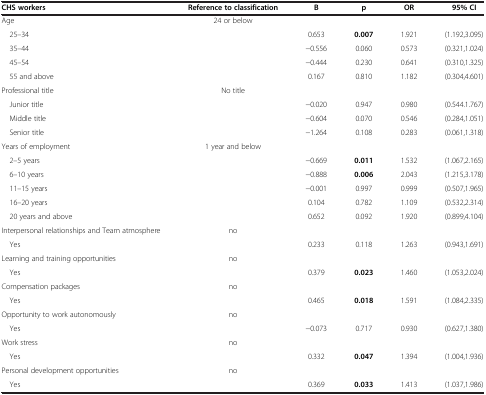
<table><thead><tr><td><b>CHS workers</b></td><td><b>Reference to classification</b></td><td><b>B</b></td><td><b>p</b></td><td><b>OR</b></td><td><b>95%CI</b></td></tr></thead><tbody><tr><td>Age</td><td>24 or below</td><td> </td><td> </td><td> </td><td> </td></tr><tr><td> 25–34</td><td> </td><td>0.653</td><td><b>0.007</b></td><td>1.921</td><td>(1.192,3.095)</td></tr><tr><td> 35–44</td><td> </td><td>-0.556</td><td>0.060</td><td>0.573</td><td>(0.321,1.024)</td></tr><tr><td> 45–54</td><td> </td><td>-0.444</td><td>0.230</td><td>0.641</td><td>(0.310,1.325)</td></tr><tr><td> 55 and above</td><td> </td><td>0.167</td><td>0.810</td><td>1.182</td><td>(0.304,4.601)</td></tr><tr><td>Professional title</td><td>No title</td><td> </td><td> </td><td> </td><td> </td></tr><tr><td> Junior title</td><td> </td><td>-0.020</td><td>0.947</td><td>0.980</td><td>(0.544.1.767)</td></tr><tr><td> Middle title</td><td> </td><td>-0.604</td><td>0.070</td><td>0.546</td><td>(0.284,1.051)</td></tr><tr><td> Senior title</td><td> </td><td>-1.264</td><td>0.108</td><td>0.283</td><td>(0.061,1.318)</td></tr><tr><td>Years of employment</td><td>1 year and below</td><td> </td><td> </td><td> </td><td> </td></tr><tr><td> 2–5 years</td><td> </td><td>-0.669</td><td><b>0.011</b></td><td>1.532</td><td>(1.067,2.165)</td></tr><tr><td> 6–10 years</td><td> </td><td>-0.888</td><td><b>0.006</b></td><td>2.043</td><td>(1.215,3.178)</td></tr><tr><td> 11–15 years</td><td> </td><td>-0.001</td><td>0.997</td><td>0.999</td><td>(0.507,1.965)</td></tr><tr><td> 16–20 years</td><td> </td><td>0.104</td><td>0.782</td><td>1.109</td><td>(0.532,2.314)</td></tr><tr><td> 20 years and above</td><td> </td><td>0.652</td><td>0.092</td><td>1.920</td><td>(0.899,4.104)</td></tr><tr><td>Interpersonal relationships and Team atmosphere</td><td>no</td><td> </td><td> </td><td> </td><td> </td></tr><tr><td> Yes</td><td> </td><td>0.233</td><td>0.118</td><td>1.263</td><td>(0.943,1.691)</td></tr><tr><td>Learning and training opportunities</td><td>no</td><td> </td><td> </td><td> </td><td> </td></tr><tr><td> Yes</td><td> </td><td>0.379</td><td><b>0.023</b></td><td>1.460</td><td>(1.053,2.024)</td></tr><tr><td>Compensation packages</td><td>no</td><td> </td><td> </td><td> </td><td> </td></tr><tr><td> Yes</td><td> </td><td>0.465</td><td><b>0.018</b></td><td>1.591</td><td>(1.084,2.335)</td></tr><tr><td>Opportunity to work autonomously</td><td>no</td><td> </td><td> </td><td> </td><td> </td></tr><tr><td> Yes</td><td> </td><td>-0.073</td><td>0.717</td><td>0.930</td><td>(0.627,1.380)</td></tr><tr><td>Work stress</td><td>no</td><td> </td><td> </td><td> </td><td> </td></tr><tr><td> Yes</td><td> </td><td>0.332</td><td><b>0.047</b></td><td>1.394</td><td>(1.004,1.936)</td></tr><tr><td>Personal development opportunities</td><td>no</td><td> </td><td> </td><td> </td><td> </td></tr><tr><td> Yes</td><td> </td><td>0.369</td><td><b>0.033</b></td><td>1.413</td><td>(1.037,1.986)</td></tr></tbody></table>